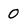
Character: 0